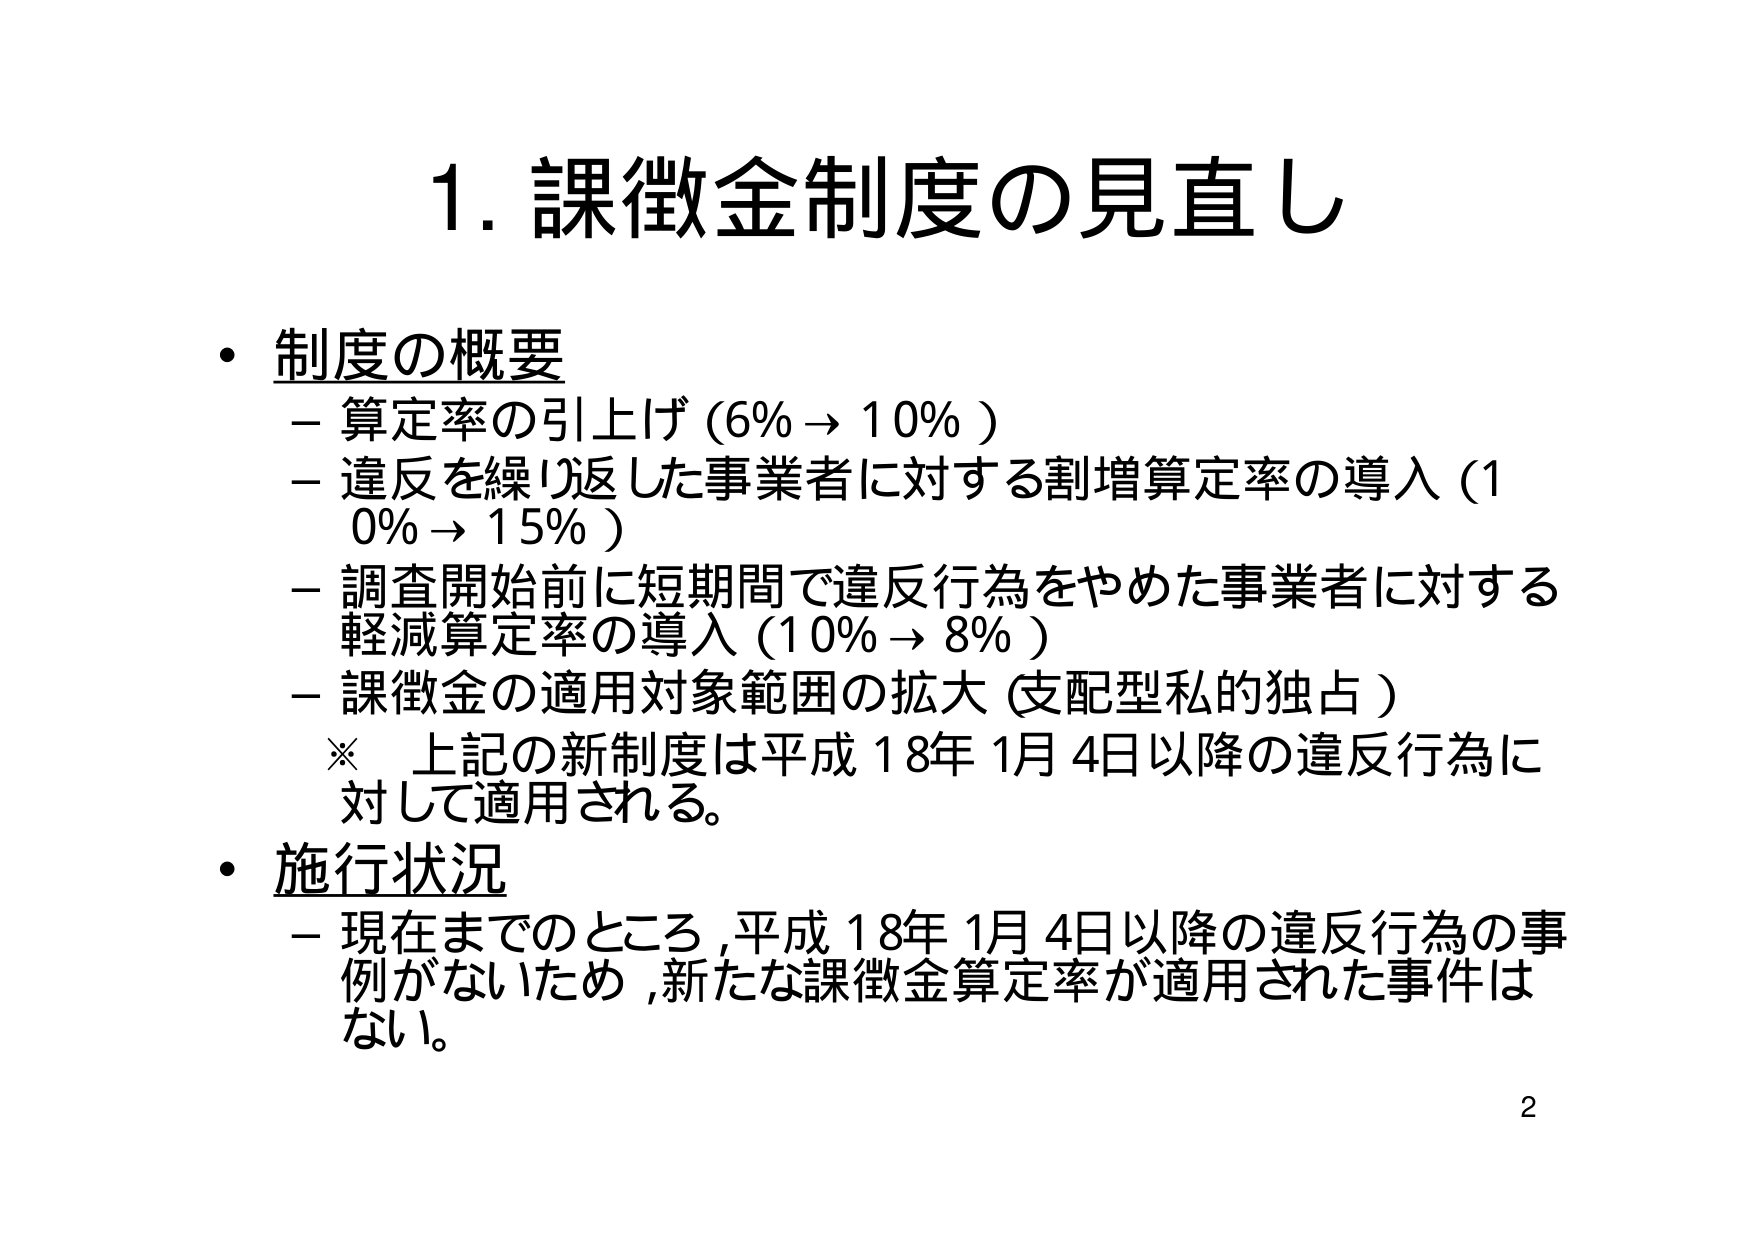
1. 課徴金制度の見直し

・制度の概要
－算定率の引上げ（6% → 10%）
－違反を繰り返した事業者に対する割増算定率の導入（10% → 15%）
－調査開始前に短期間で違反行為をやめた事業者に対する軽減算定率の導入（10% → 8%）
－課徴金の適用対象範囲の拡大（支配型私的独占）
※ 上記の新制度は平成18年1月4日以降の違反行為に対して適用される。

・施行状況
－現在までのところ、平成18年1月4日以降の違反行為の事例がないため、新たな課徴金算定率が適用された事件はない。

2